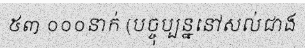
៥៣ ០០០នាក់ (បច្ចុប្បន្ននៅសល់ជាង